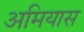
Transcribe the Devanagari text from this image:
अमियास